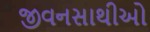
જીવનસાથીઓ